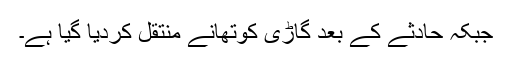
جبکہ حادثے کے بعد گاڑی کوتھانے منتقل کردیا گیا ہے۔